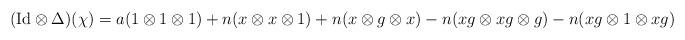
LaTeX: \begin{align*}(\mathrm{Id}\otimes\Delta)(\chi)=a(1\otimes1\otimes1)+n(x\otimes x\otimes1)+n(x\otimes g\otimes x)-n(xg\otimes xg\otimes g)-n(xg\otimes1\otimes xg)\end{align*}